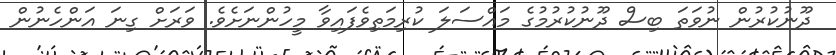
ދޫނުކުރުން ނުވަތަ ބިސް ދޫނުކުރުމުގެ މައްސަލަ ކުރިމަތިވެފައިވާ މީހުންނަށެވެ. ވަރަށް ގިނަ އަންހެނުން